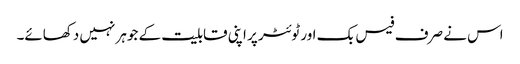
اس نے صرف فیس بک اور ٹوئٹر پر اپنی قابلیت کے جوہر نہیں دکھائے۔